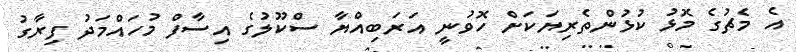
އެ މެޗުގެ މޮޅު ކުޅުންތެރިޔަކަށް ހޮވުނީ އަރަބިއްޔާ ސްކޫލުގެ އިސާފް މުހައްމަދު ފިރާގު